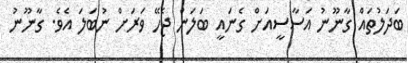
ބަދަލުތައް ގާނޫނު އަސާސީއަށް ގެނައީ ބަލަން ޖެހޭ ވަރަށް ނުބަލަ އެވެ. ގާނޫނު